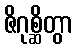
ဇိဂုစ္ဆိတွာ